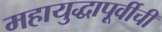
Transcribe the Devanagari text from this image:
महायुद्धापूर्वीची